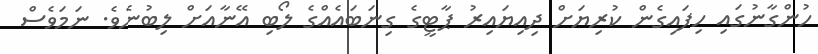
ހުންގާނުގައި ހިފައިގެން ކުރިޔަށް ދިއިޔައިރު ޕާޓީގެ ގިނަބައެއްގެ ލޯބި އޭނާއަށް ލިބުނެވެ. ނަމަވެސް